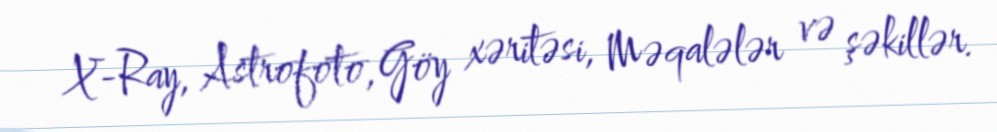
X-Ray, Astrofoto, Göy xəritəsi, Məqalələr və şəkillər.